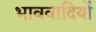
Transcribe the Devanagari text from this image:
भाववादियों